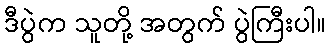
ဒီပွဲက သူတို့ အတွက် ပွဲကြီးပါ။